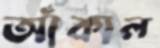
আঁকাল